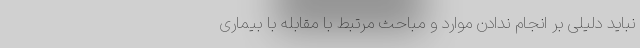
نباید دلیلی بر انجام ندادن موارد و مباحث مرتبط با مقابله با بیماری